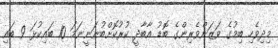
މިދިވެހި ބިމުގެ ވަޒަންވެރިންގެ ބޮޑު އާބާދީ ކުރުކޮށްބުނަނީނަމަ 10 ބައިކުޅަ 9 ބައި